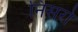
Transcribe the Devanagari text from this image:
निसरो